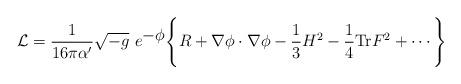
LaTeX: \begin{align*}{\cal L}=\frac{1}{16 \pi\alpha'} \sqrt{-g}\ e^{\hbox{$-\phi$}}\Biggl\{R+\nabla\phi\cdot\nabla\phi-{1\over 3} H^2-\frac{1}{4 } {\rm Tr}F^2+\cdots\Biggr\} \end{align*}